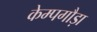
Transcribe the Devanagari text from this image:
केम्पगौड़ा